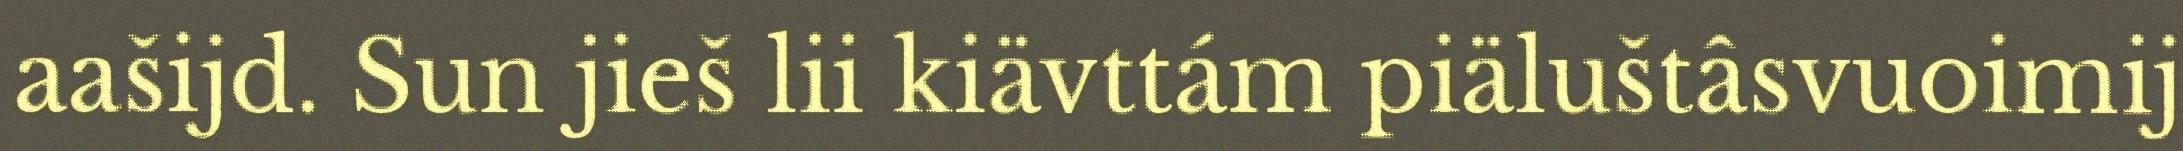
aašijd. Sun jieš lii kiävttám piäluštâsvuoimij